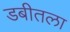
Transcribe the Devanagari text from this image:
डबीतला